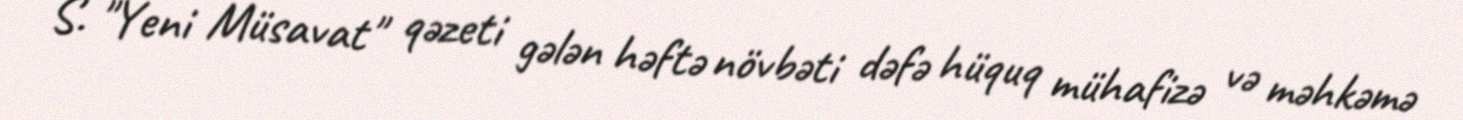
S. "Yeni Müsavat" qəzeti gələn həftə növbəti dəfə hüquq mühafizə və məhkəmə